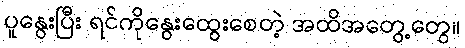
ပူနွေးပြီး ရင်ကိုနွေးထွေးစေတဲ့ အထိအတွေ့တွေ။